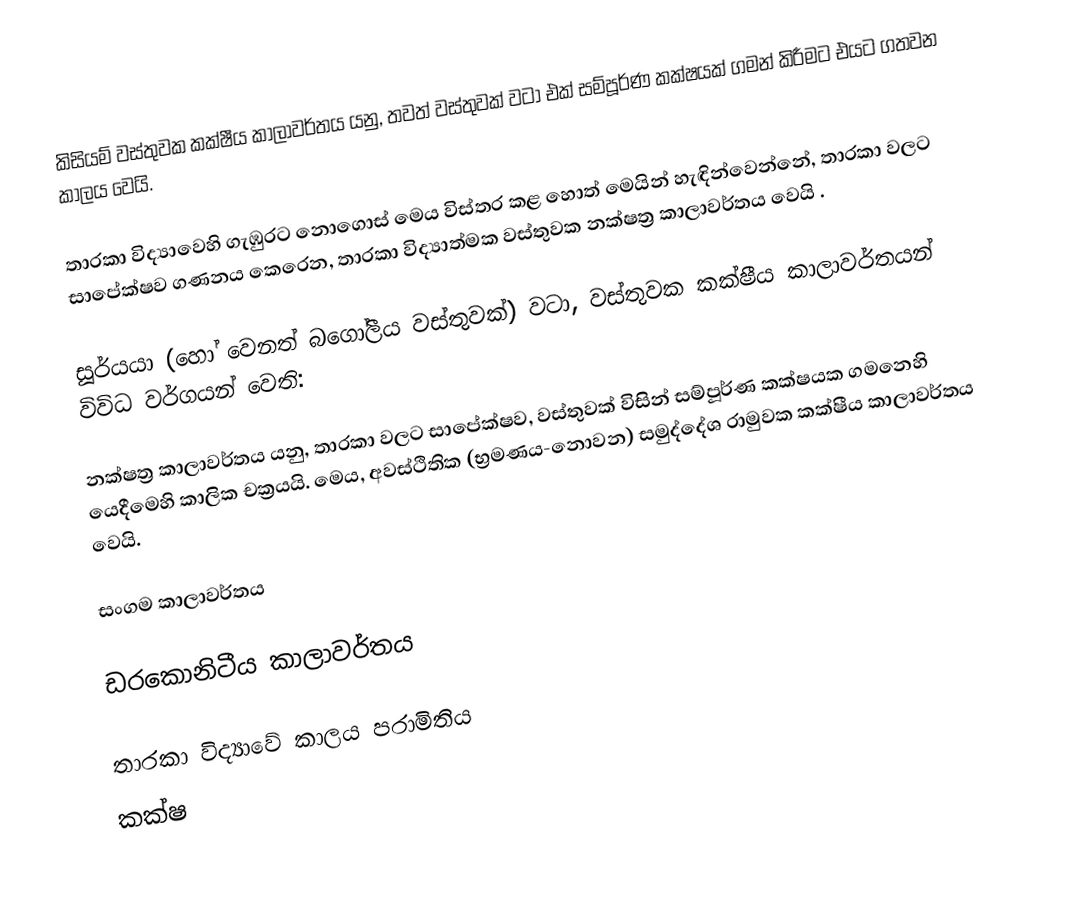
කිසියම් වස්තුවක කක්ෂීය කාලාවර්තය යනු, තවත් වස්තුවක් වටා එක් සම්පූර්ණ කක්ෂයක් ගමන් කිරීමට එයට ගතවන කාලය වෙයි.

තාරකා විද්‍යාවෙහි ගැඹුරට නොගොස් මෙය විස්තර කළ හොත් මෙයින් හැඳින්වෙන්නේ, තාරකා වලට සාපේක්ෂව ගණනය කෙරෙන,  තාරකා විද්‍යාත්මක වස්තුවක නක්ෂත්‍ර කාලාවර්තය වෙයි .

සූර්යයා (හෝ වෙනත්  බගෝලීය වස්තුවක්) වටා, වස්තුවක කක්ෂීය කාලාවර්තයන් විවිධ වර්ගයන් වෙති:

 නක්ෂත්‍ර කාලාවර්තය යනු, තාරකා වලට සාපේක්ෂව, වස්තුවක් විසින් සම්පූර්ණ කක්ෂයක ගමනෙහි යෙදීමෙහි කාලික චක්‍රයයි. මෙය, අවස්ථිතික (භ්‍රමණය-නොවන) සමුද්දේශ රාමුවක කක්ෂීය කාලාවර්තය වෙයි.

 සංගම කාලාවර්තය

 ඩරකොනිටීය කාලාවර්තය

තාරකා විද්‍යාවේ කාලය පරාමිතිය
කක්ෂ